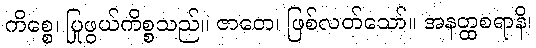
ကိစ္စေ၊ ပြုဖွယ်ကိစ္စသည်။ ဇာတေ၊ ဖြစ်လတ်သော်။ အနတ္ထစရာနိ၊